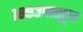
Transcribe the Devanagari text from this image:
१८९३पासून